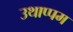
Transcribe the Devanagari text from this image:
उथाप्पम